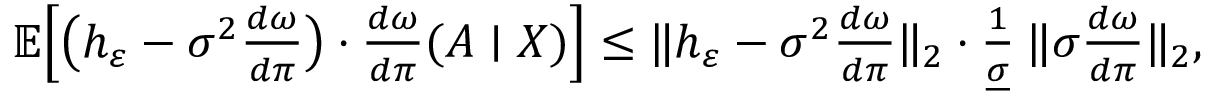
\begin{array} { r } { \ensuremath { { \mathbb { E } } } \Big [ \big ( h _ { \varepsilon } - \sigma ^ { 2 } \frac { d \omega } { d \pi } \big ) \cdot \frac { d \omega } { d \pi } ( \ensuremath { A } \mid \ensuremath { X } ) \Big ] \leq \| h _ { \varepsilon } - \sigma ^ { 2 } \frac { d \omega } { d \pi } \| _ { 2 } \cdot \frac { 1 } { \underline { { \sigma } } } \: \| \sigma \frac { d \omega } { d \pi } \| _ { 2 } , } \end{array}